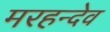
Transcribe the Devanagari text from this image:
मरहन्देव